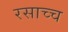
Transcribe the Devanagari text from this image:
रसाच्च